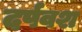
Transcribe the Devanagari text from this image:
दर्पवश